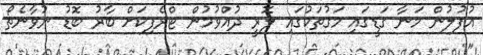
އުފުލުން މަނާ ގަޑީގައި މަގުތަކުގައި ލޮރީ ދުއްވުމުން ޓްރެފިކަށް ބާރު ބޮޑު ނުވާނެތޯ